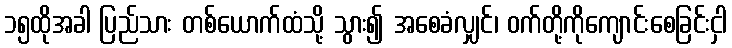
၁၅ထိုအခါ ပြည်သား တစ်ယောက်ထံသို့ သွား၍ အစေခံလျှင်၊ ဝက်တို့ကိုကျောင်းစေခြင်းငှါ